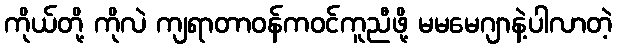
ကိုယ်တို့ ကိုလဲ ကျရာတာဝန်ကဝင်ကူညီဖို့ မမမေဂျာနဲ့ပါလာတဲ့